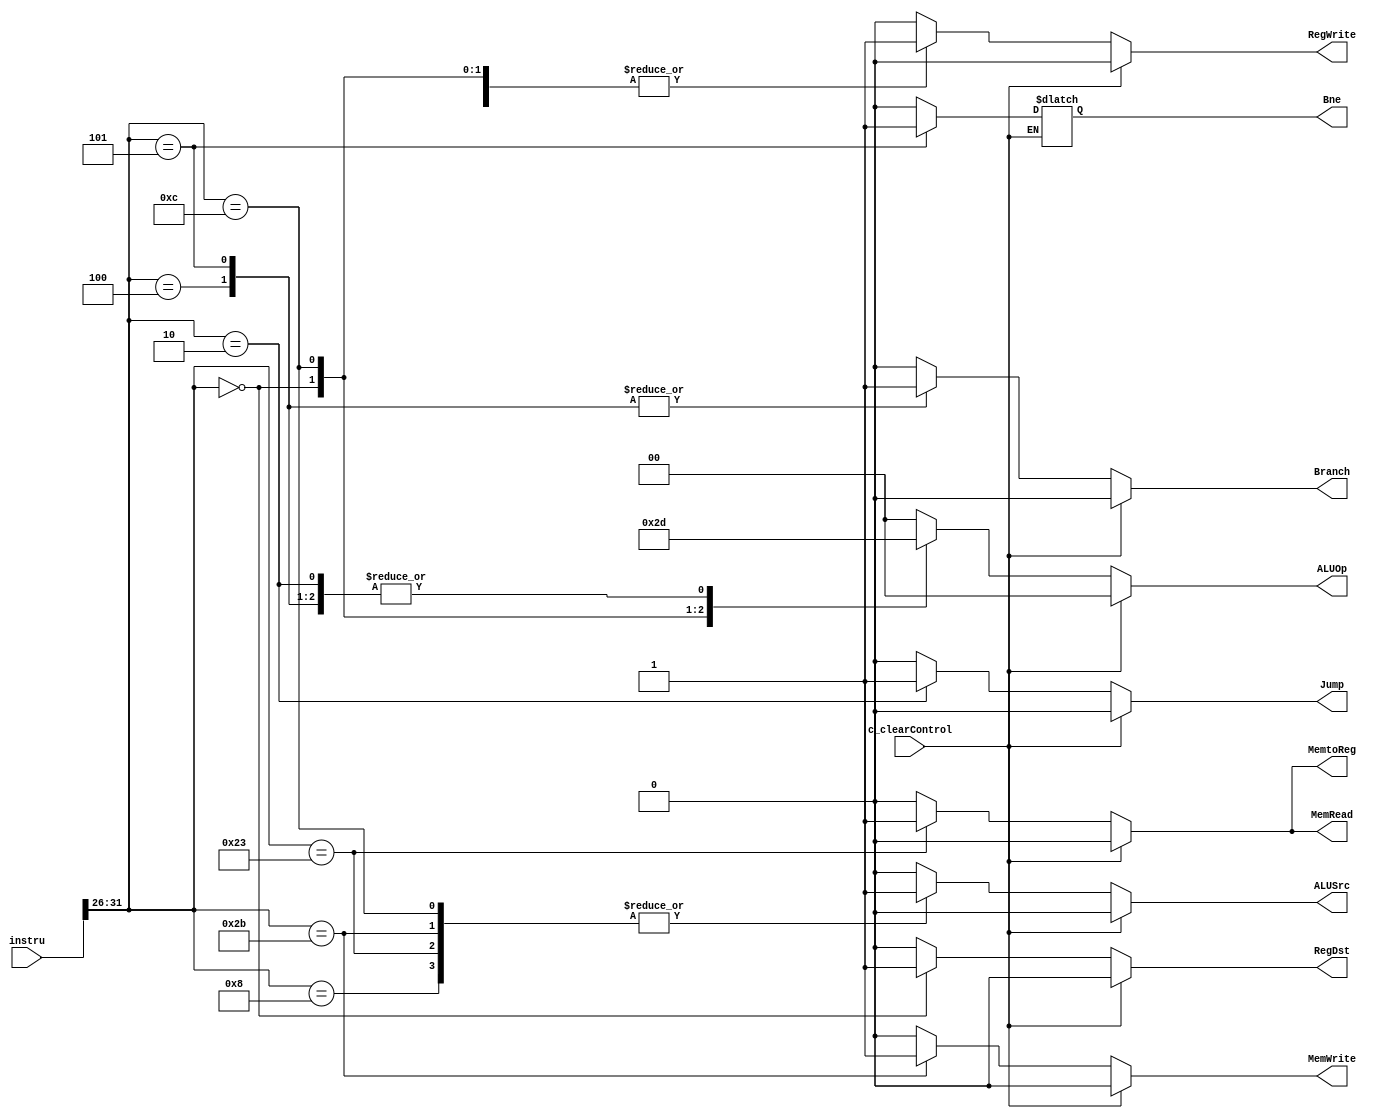
`timescale 1ns / 1ps

// in stage ID

module control(
  input [31:0] instru,
  input c_clearControl,
  output reg RegDst,
  output reg Jump,
  output reg Branch,
  output reg Bne, // 1 indicates bne
  output reg MemRead,
  output reg MemtoReg,
  output reg [1:0] ALUOp,
  output reg MemWrite,
  output reg ALUSrc,
  output reg RegWrite

  // output reg c_if_flush,
  // output reg c_id_flush, // TODO: ALU+beq
  // output reg c_ex_flush // TODO: MEM+beq
);
  
  // TODO: add three more control signals: IF/ID/EX Flush
  // TODO: need support for flush mechanism (control all zero)
  
  initial begin
    RegDst = 0;
    Jump = 0;
    Branch = 0;
    MemRead = 0;
    MemtoReg = 0;
    ALUOp = 2'b00;
    MemWrite = 0;
    ALUSrc = 0;
    RegWrite = 0;
    // c_if_flush = 0;
    // c_id_flush = 0;
    // c_ex_flush = 0;
  end

  always @(*) begin
    // $display("** code: 0x%H",instru[31:26]);
    if (c_clearControl == 0) begin
      case (instru[31:26])
        6'b000000: begin// ARITHMETIC
          RegDst = 1;
          ALUSrc = 0;
          MemtoReg = 0;
          RegWrite = 1;
          MemRead = 0;
          MemWrite = 0;
          Branch = 0;
          Bne = 0;
          ALUOp = 2'b10;
          Jump = 0;
        end
        6'b001000: begin// addi
          RegDst = 0;
          ALUSrc = 1;
          MemtoReg = 0;
          RegWrite = 1;
          MemRead = 0;
          MemWrite = 0;
          Branch = 0;
          Bne = 0;
          ALUOp = 2'b00;
          Jump = 0;
        end
        6'b001100: begin// andi
          RegDst = 0;
          ALUSrc = 1;
          MemtoReg = 0;
          RegWrite = 1;
          MemRead = 0;
          MemWrite = 0;
          Branch = 0;
          Bne = 0;
          ALUOp = 2'b11;
          Jump = 0;
        end
        6'b100011: begin // lw
          RegDst = 0;
          ALUSrc = 1;
          MemtoReg = 1;
          RegWrite = 1;
          MemRead = 1;
          MemWrite = 0;
          Branch = 0;
          Bne = 0;
          ALUOp = 2'b00;
          Jump = 0;
        end
        6'b101011: begin // sw
          RegDst = 0; // X
          ALUSrc = 1;
          MemtoReg = 0; // X
          RegWrite = 0;
          MemRead = 0;
          MemWrite = 1;
          Branch = 0;
          Bne = 0;
          ALUOp = 2'b00;
          Jump = 0;
        end
        6'b000100: begin // beq
          RegDst = 0; // X
          ALUSrc = 0;
          MemtoReg = 0; // X
          RegWrite = 0;
          MemRead = 0;
          MemWrite = 0;
          Branch = 1;
          Bne = 0;
          ALUOp = 2'b01;
          Jump = 0;
        end
        6'b000101: begin // bne
          RegDst = 0; // X
          ALUSrc = 0;
          MemtoReg = 0; // X
          RegWrite = 0;
          MemRead = 0;
          MemWrite = 0;
          Branch = 1;
          Bne = 1;
          ALUOp = 2'b01;
          Jump = 0;
        end
        6'b000010: begin // j
          RegDst = 0; // X
          ALUSrc = 0;
          MemtoReg = 0; // X
          RegWrite = 0;
          MemRead = 0;
          MemWrite = 0;
          Branch = 0;
          Bne = 0;
          ALUOp = 2'b01;
          Jump = 1;
        end
        default: begin
          RegDst = 0; // X
          ALUSrc = 0;
          MemtoReg = 0; // X
          RegWrite = 0;
          MemRead = 0;
          MemWrite = 0;
          Branch = 0;
          Bne = 0;
          ALUOp = 2'b00;
          Jump = 0;        
        end
      endcase
    end else begin
      RegDst = 0;
      Jump = 0;
      Branch = 0;
      MemRead = 0;
      MemtoReg = 0;
      ALUOp = 2'b00;
      MemWrite = 0;
      ALUSrc = 0;
      RegWrite = 0;
    end
  end

endmodule